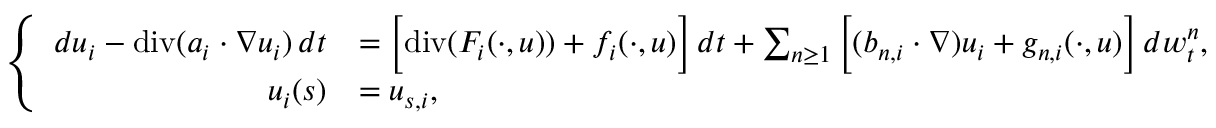
\left\{ \begin{array} { r l } { d u _ { i } - \normalfont { \mathrm { d i v } } ( a _ { i } \cdot \nabla u _ { i } ) \, d t } & { = \Big [ \normalfont { \mathrm { d i v } } ( F _ { i } ( \cdot , u ) ) + f _ { i } ( \cdot , u ) \Big ] \, d t + \sum _ { n \geq 1 } \Big [ ( b _ { n , i } \cdot \nabla ) u _ { i } + g _ { n , i } ( \cdot , u ) \Big ] \, d w _ { t } ^ { n } , } \\ { u _ { i } ( s ) } & { = u _ { s , i } , } \end{array} \right.